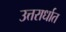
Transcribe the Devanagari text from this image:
उत्तरार्धात